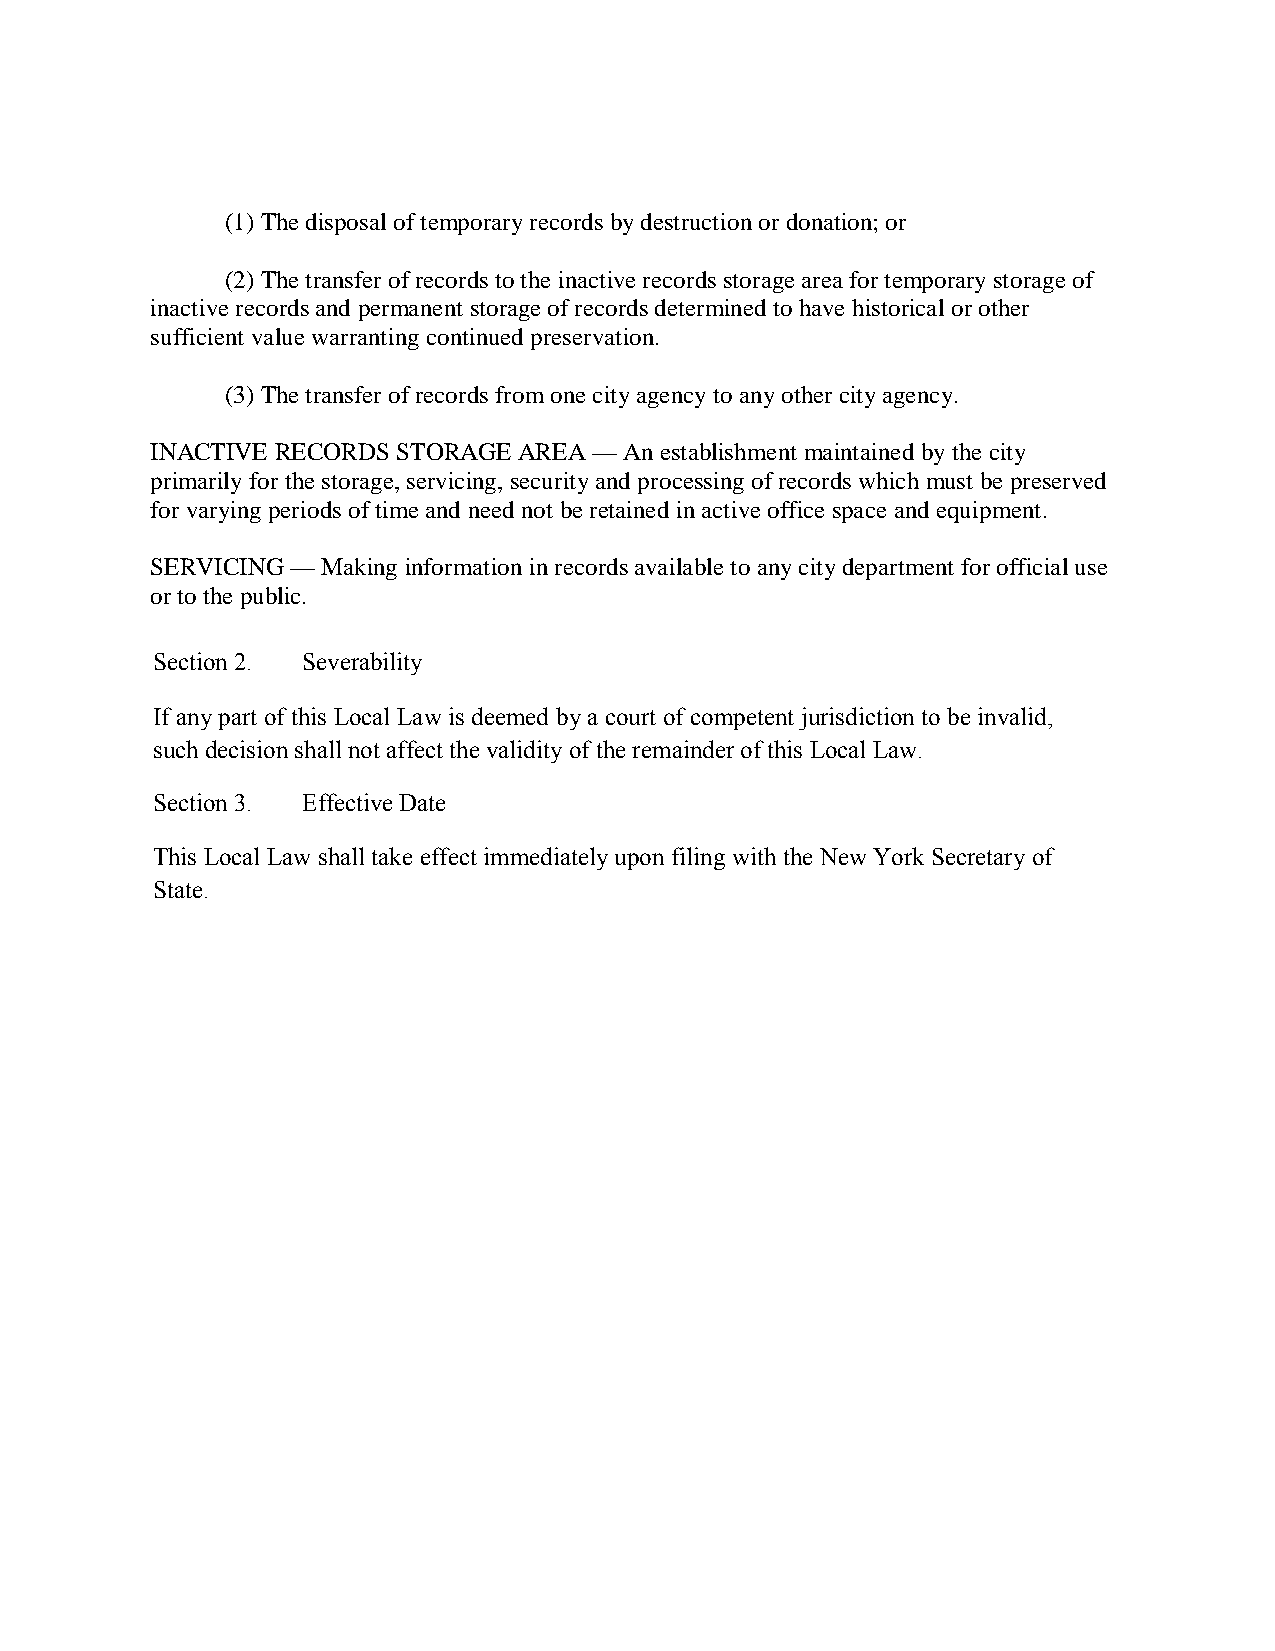
(1) The disposal of temporary records by destruction or donation; or
 (2) The transfer of records to the inactive records storage area for temporary storage of
 inactive records and permanent storage of records determined to have historical or other
 sufficient value warranting continued preservation.
 (3) The transfer of records from one city agency to any other city agency.
 INACTIVE RECORDS STORAGE AREA — An establishment maintained by the city
 primarily for the storage, servicing, security and processing of records which must be preserved
 for varying periods of time and need not be retained in active office space and equipment.
 SERVICING — Making information in records available to any city department for official use
 or to the public.
 Section 2. Severability
 If any part of this Local Law is deemed by a court of competent jurisdiction to be invalid,
 such decision shall not affect the validity of the remainder of this Local Law.
 Section 3. Effective Date
 This Local Law shall take effect immediately upon filing with the New York Secretary of
 State.